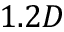
1 . 2 D